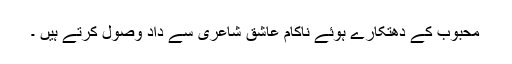
محبوب کے دھتکارے ہوئے ناکام عاشق شاعری سے داد وصول کرتے ہیں ۔